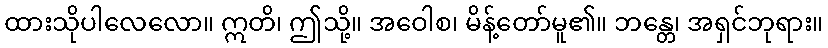
ထားသိုပါလေလော။ ဣတိ၊ ဤသို့။ အဝေါစ၊ မိန့်တော်မူ၏။ ဘန္တေ၊ အရှင်ဘုရား။